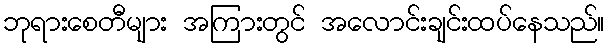
ဘုရားစေတီများ အကြားတွင် အလောင်းချင်းထပ်နေသည်။